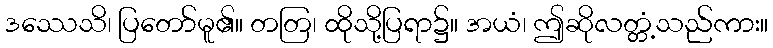
ဒဿေသိ၊ ပြတော်မူ၏။ တတြ၊ ထိုသို့ပြရာ၌။ အယံ၊ ဤဆိုလတ္တံ့သည်ကား။